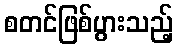
စတင်ဖြစ်ပွားသည့်